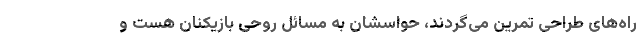
راه‌های طراحی تمرین می‌گردند، حواسشان به مسائل روحی بازیکنان هست و